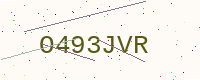
Text: O493JVR